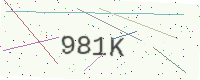
Text: 981K